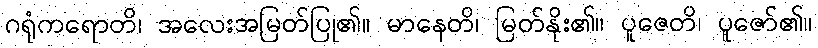
ဂရုံကရောတိ၊ အလေးအမြတ်ပြု၏။ မာနေတိ၊ မြတ်နိုး၏။ ပူဇေတိ၊ ပူဇော်၏။